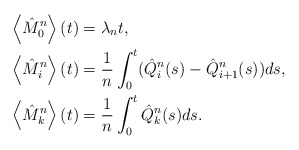
\begin{align*}\left\langle \hat{M}_0^{n}\right\rangle(t) &= \lambda_n t, \\\left\langle \hat{M}_i^{n}\right\rangle(t) &= \frac{1}{n}\int_0^t(\hat{Q}^n_i(s)-\hat{Q}^n_{i+1}(s))ds, \\\left\langle \hat{M}_k^{n}\right\rangle(t) &= \frac{1}{n}\int_0^t\hat{Q}^n_k(s)ds. \end{align*}